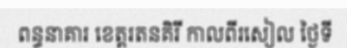
ពន្ធនាគារ ខេត្តរតនគិរី កាលពីរសៀល ថ្ងៃទី